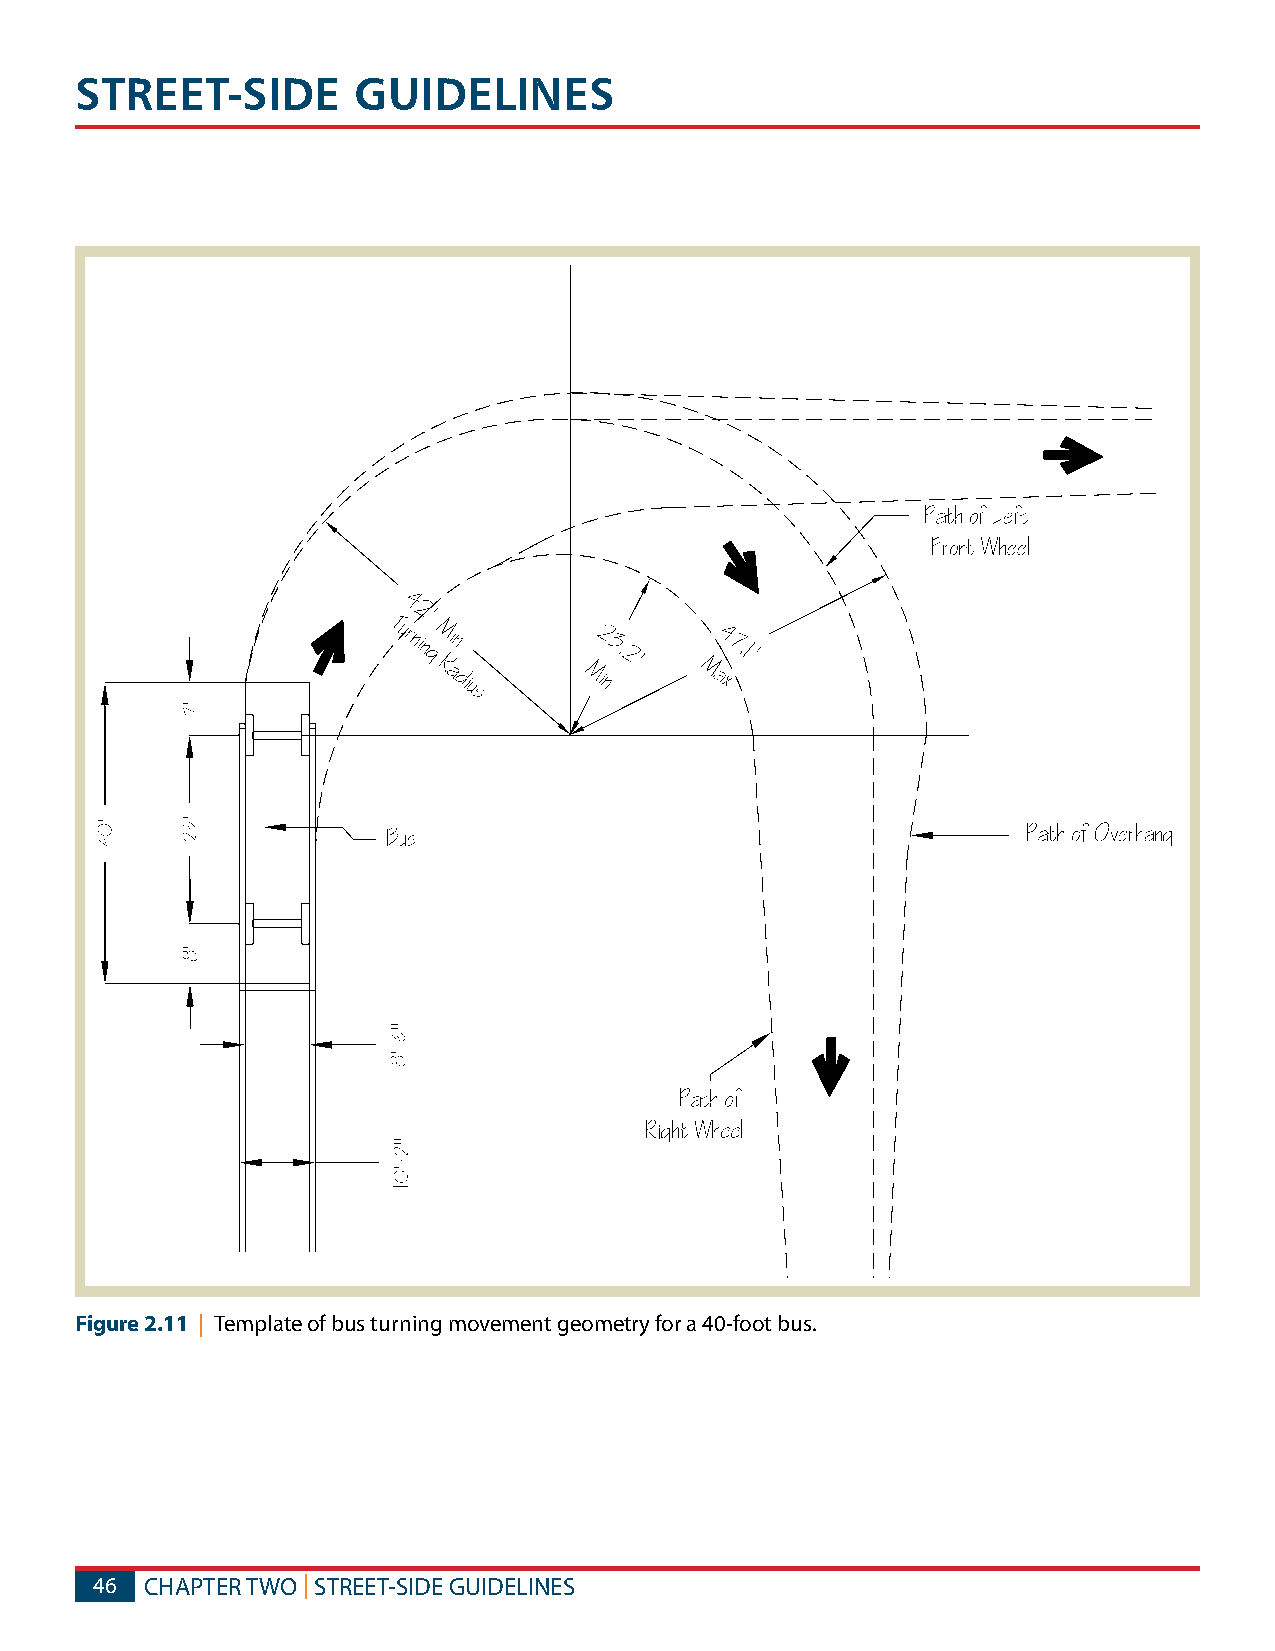
STREET-SIDE       GUIDELINES
 Figure 2.11 | Template of bus turning movement geometry for a 40-foot bus.
 46  CHAPTER TWO | STREET-SIDE GUIDELINES